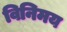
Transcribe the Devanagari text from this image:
विनिमय